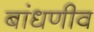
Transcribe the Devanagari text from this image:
बांधणीव